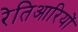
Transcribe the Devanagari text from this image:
रेतिआरियों